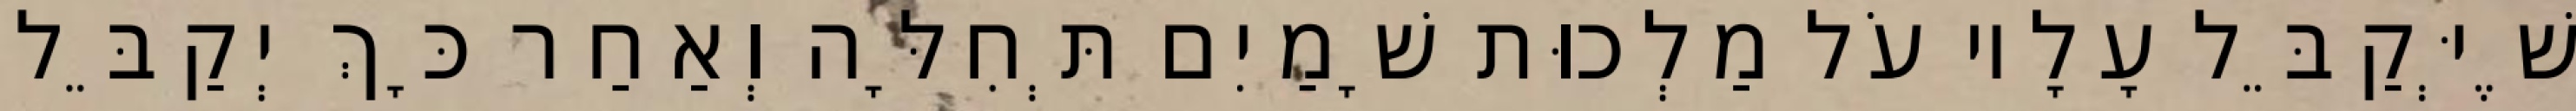
שֶׁיְּקַבֵּל עָלָיו עֹל מַלְכוּת שָׁמַיִם תְּחִלָּה וְאַחַר כָּךְ יְקַבֵּל